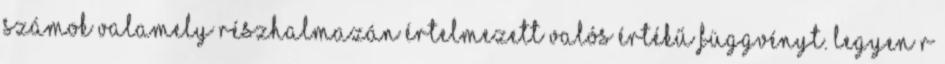
számok valamely részhalmazán értelmezett valós értékű függvényt. Legyen R